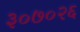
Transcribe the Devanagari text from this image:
३०७०२६